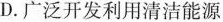
D.广泛开发利用清洁能源